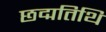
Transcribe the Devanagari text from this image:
छद्मतिथि